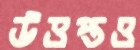
উত্তপ্তও